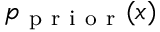
p _ { \mathrm { ~ p ~ r ~ i ~ o ~ r ~ } } ( x )